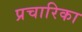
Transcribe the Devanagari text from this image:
प्रचारिका